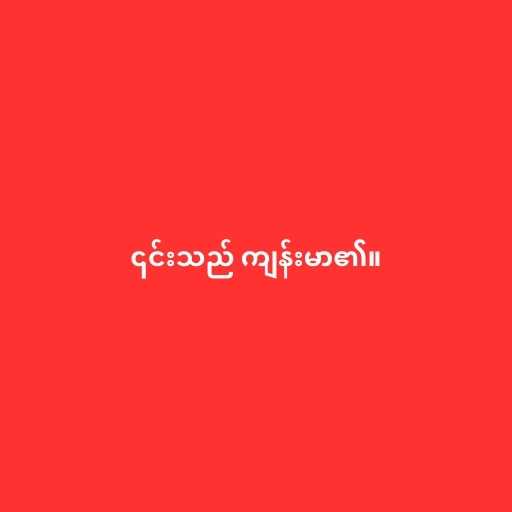
၎င်းသည် ကျန်းမာ၏။